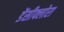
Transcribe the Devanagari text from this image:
डेंसीफ्लोरा